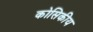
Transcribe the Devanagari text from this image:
कोसिकीय